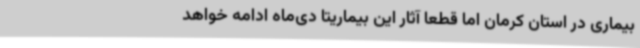
بیماری در استان کرمان اما قطعا آثار این بیماریتا دی‌ماه ادامه خواهد